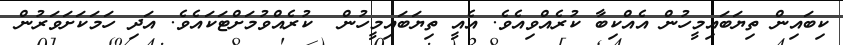
ކިބައިން ތިޔަބައިމީހުން އެއްކިބާ ކުރެއްވިއެވެ. އެއީ ތިޔަބައިމީހުން  ކުރެއްވުމަށްޓަކައެވެ. އަދި ހަމަކަށަވަރުން